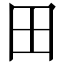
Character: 田